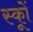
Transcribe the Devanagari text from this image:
स्कूों